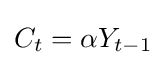
C_{t}=\alpha Y_{t-1}